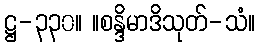
ဋ္ဌ-၃၃၀။ ။စန္ဒိမာဒိသုတ်-သံ။